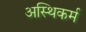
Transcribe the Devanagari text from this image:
अस्थिकर्म